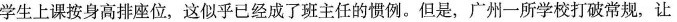
学生上课按身高排座位，这似乎已经成了班主任的惯例。但是，广州一所学校打破常规，让